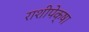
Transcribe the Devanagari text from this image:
राशीपेक्षा